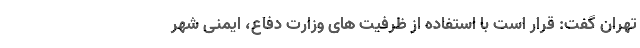
تهران گفت: قرار است با استفاده از ظرفیت های وزارت دفاع، ایمنی شهر